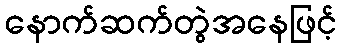
နောက်ဆက်တွဲအနေဖြင့်